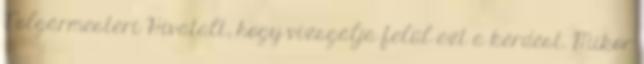
Polgármesteri Hivatalt, hogy vizsgálja felül ezt a kérdést. Mikor